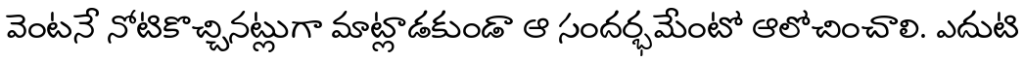
వెంటనే నోటికొచ్చినట్లుగా మాట్లాడకుండా ఆ సందర్భమేంటో ఆలోచించాలి. ఎదుటి